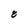
Character: 8